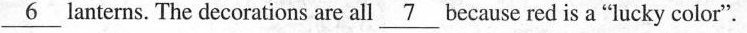
\underline{6}lanterns.The decorations are all\underline{7}because red is a "lucky color".